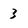
Character: 3